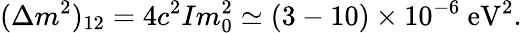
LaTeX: (\Delta m^{2})_{12}=4c^{2}Im_{0}^{2}\simeq(3-10)\times 10^{-6}~\mathrm{eV}^{2}.